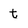
Character: t